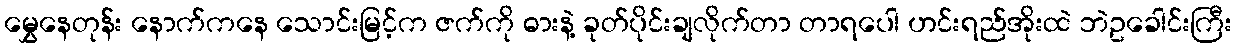
မွှေနေတုန်း နောက်ကနေ သောင်းမြင့်က ဇက်ကို ဓားနဲ့ ခုတ်ပိုင်းချလိုက်တာ တာရပေါ ဟင်းရည်အိုးထဲ ဘဲဥခေါင်းကြီး